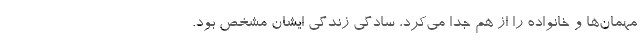
مهمان‌ها و خانواده را از هم جدا می‌کرد، سادگی زندگی ایشان مشخص بود.